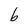
Character: b